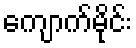
ကျောက်မိုင်း